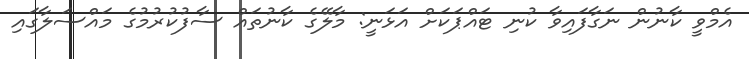
އެމްވީ ކާނުން ނަގާފައިވާ ކުނި ޓައްޕަކަށް އަޅަނީ: މާލޭގެ ކާނުތައް ސާފުކުރުމުގެ މައްސަލާގައި